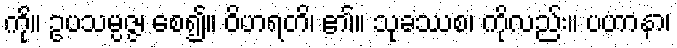
ကို။ ဥပသမ္ပဇ္ဇ၊ စေ၍။ ဝိဟရတိ၊ ၏။ သုခဿစ၊ ကိုလည်း။ ပဟာနာ၊